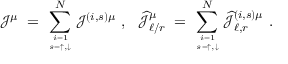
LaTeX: { \mathcal J } ^ { \mu } \; = \; \sum _ { i = 1 \atop s = \uparrow , \downarrow } ^ { N } { \mathcal J } ^ { ( i , s ) \mu } ~ , ~ ~ \widehat { { \mathcal J } } _ { \ell / r } ^ { \mu } \; = \; \sum _ { i = 1 \atop s = \uparrow , \downarrow } ^ { N } \widehat { { \mathcal J } } _ { \ell , r } ^ { ( i , s ) \mu } ~ .